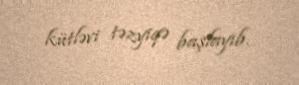
kütləvi təzyiqə başlayıb.